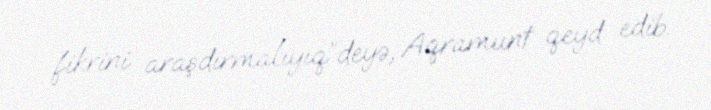
fikrini araşdırmalıyıq”deyə, Aqramunt qeyd edib.